Madras plague regulations in force outside the Presidency town - Volume 1
Disease focus: Plague
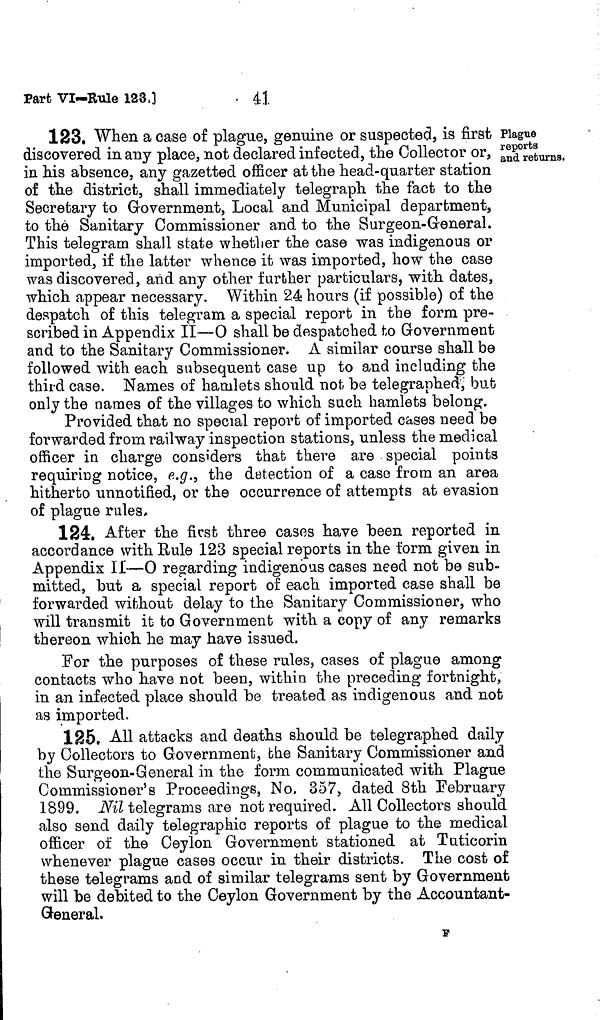
- 41
Part VI-Rule 1230
Plague
reports
and returns,
123. When a case of plague, genuine or suspected, is first
discovered in any place, not declared infected, the Collector or,
in his absence, any gazetted officer at the head-quarter station
of the district, shall immediately telegraph the fact to the
Secretary to Government, Local and Municipal department,
to the Sanitary Commissioner and to the Surgeon-General.
This telegram shall state whether the case was indigenous or
imported, if the latter whence it was imported, how the case
was discovered, and any other further particulars, with dates,
which appear necessary. Within 24 hours (if possible) of the
despatch of this telegram a special report in the form pre-
scribed in Appendix II—0 shall be despatched to Government
and to the Sanitary Commissioner. A similar course shall be
followed with each subsequent case up to and including the
third case. Names of hamlets should not be telegraphed, but
only the names of the villages to which such hamlets belong.
Provided that no special report of imported cases need be
forwarded from railway inspection stations, unless the medical
officer in charge considers that there are special points
requiring notice, e.g., the detection of a case from an area
hitherto unnotified, or the occurrence of attempts at evasion
of plague rules*
124. After the first three cases have been reported in
accordance with Rule 123 special reports in the form given in
Appendix II—0 regarding indigenous cases need not be sub-
mitted, but a special report of each imported case shall be
forwarded without delay to the Sanitary Commissioner, who
will transmit it to Government with a copy of any remarks
thereon which he may have issued.
For the purposes of these rules, cases of plague among
contacts who have not been, within the preceding fortnight,
in an infected place should be treated as indigenous and not
as imported,
125, All attacks and deaths should be telegraphed daily
by Collectors to Government, the Sanitary Commissioner and
the Surgeon-General in the form communicated with Plague
Commissioner's Proceedings, No. 357, dated 8th February
1899. Nil telegrams are not required. All Collectors should
also send daily telegraphic reports of plague to the medical
officer of the Ceylon Government stationed at Tuticorin
whenever plague cases occur in their districts. The cost of
these telegrams and of similar telegrams sent by Government
will be debited to the Ceylon Government by the Accountant-
general.
F